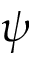
\psi